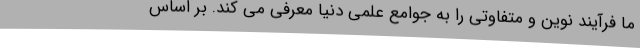
ما فرآیند نوین و متفاوتی را به جوامع علمی دنیا معرفی می کند. بر اساس